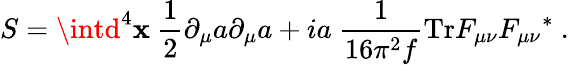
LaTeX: S=\intd^{4}\mathbf{x}\ {\frac{{1}}{{2}}}\partial_{\mu}a\partial_{\mu}a+ia\ {\frac{{1}}{{16\pi^{2}f}}}\mathrm{{Tr}}F_{\mu\nu}{F_{\mu\nu}}^{*}\ .